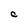
Character: C